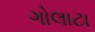
ગોલાટા